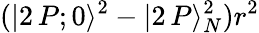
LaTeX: (|2\, P;0\rangle^{2}-|2\, P\rangle_{N}^{2})r^{2}